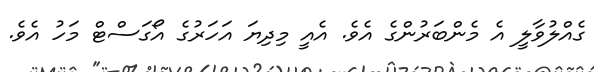
ގެއްލުވާލީ އެ މެންބަރުންގެ އެވެ. އެއީ މިދިޔަ އަހަރުގެ އޯގަސްޓް މަހު އެވެ.